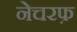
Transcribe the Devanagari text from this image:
नेचरफ़